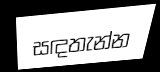
සඳතැන්න